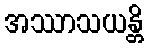
အဿာသယန္တိ